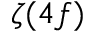
\zeta ( 4 f )